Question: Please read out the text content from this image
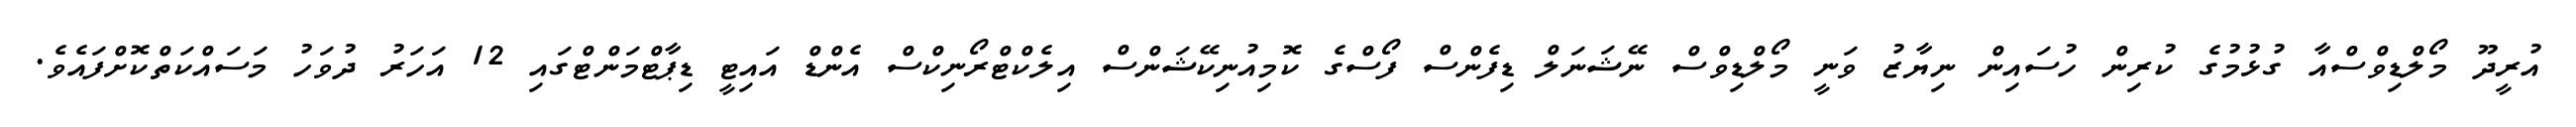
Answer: އުރީދޫ މޯލްޑިވްސްއާ ގުޅުމުގެ ކުރިން ހުސައިން ނިޔާޒު ވަނީ މޯލްޑިވްސް ނޭޝަނަލް ޑިފެންސް ފޯސްގެ ކޮމިއުނިކޭޝަންސް އިލެކްޓްރޯނިކްސް އެންޑް އައިޓީ ޑިޕާޓްމަންޓްގައި 12 އަހަރު ދުވަހު މަސައްކަތްކޮށްފައެވެ.